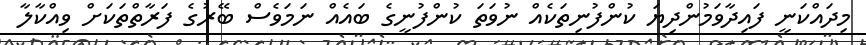
މިދައްކަނީ ފައިދާވަމުންދިޔަ ކުންފުނިތަކެއް ނުވަތަ ކުންފުނީގެ ބައެއް ނަމަވެސް ބޭރުގެ ފަރާތްތަކަށް ވިއްކާލާ